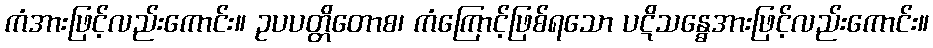
ကံအားဖြင့်လည်းကောင်း။ ဥပပတ္တိတောစ၊ ကံကြောင့်ဖြစ်ရသော ပဋိသန္ဓေအားဖြင့်လည်းကောင်း။